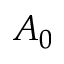
A _ { 0 }